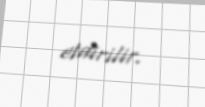
etdirilir.